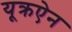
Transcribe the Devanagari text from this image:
यूक्रऐन